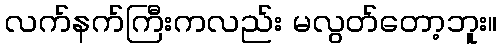
လက်နက်ကြီးကလည်း မလွတ်တော့ဘူး။